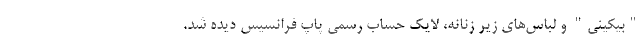
"بیکینی" و لباس‌های زیر زنانه، لایک حساب رسمی پاپ فرانسیس دیده شد.